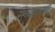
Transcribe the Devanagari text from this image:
संध्याकाळीं